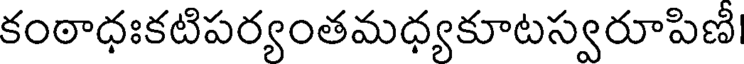
కంఠాధఃకటిపర్యంతమధ్యకూటస్వరూపిణీ